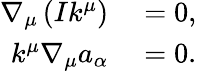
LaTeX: \begin{array}{rl}{\nabla_{\mu}\left(Ik^{\mu}\right)}&{{}=0,}\\ {k^{\mu}\nabla_{\mu}a_{\alpha}}&{{}=0.}\end{array}